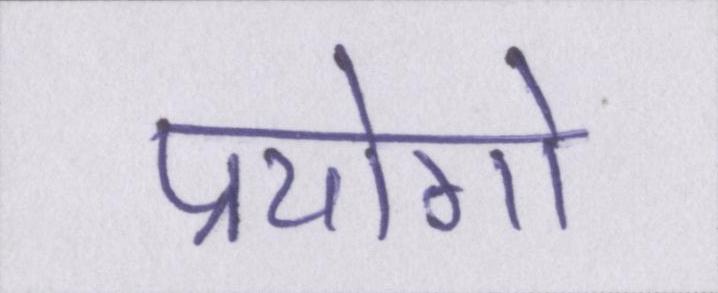
प्रयोगो